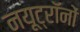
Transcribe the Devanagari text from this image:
नयूट्रॉनों